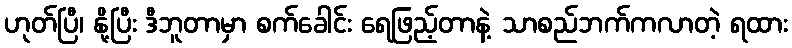
ဟုတ်ပြီ၊ နို့ပြီး ဒီဘူတာမှာ စက်ခေါင်း ရေဖြည့်တာနဲ့ သာစည်ဘက်ကလာတဲ့ ရထား